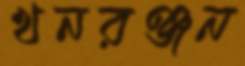
খনরঞ্জন